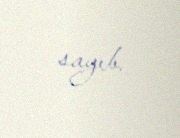
sayıb.